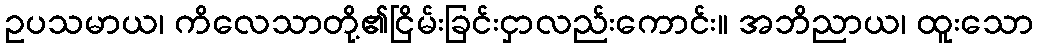
ဥပသမာယ၊ ကိလေသာတို့၏ငြိမ်းခြင်းငှာလည်းကောင်း။ အဘိညာယ၊ ထူးသော